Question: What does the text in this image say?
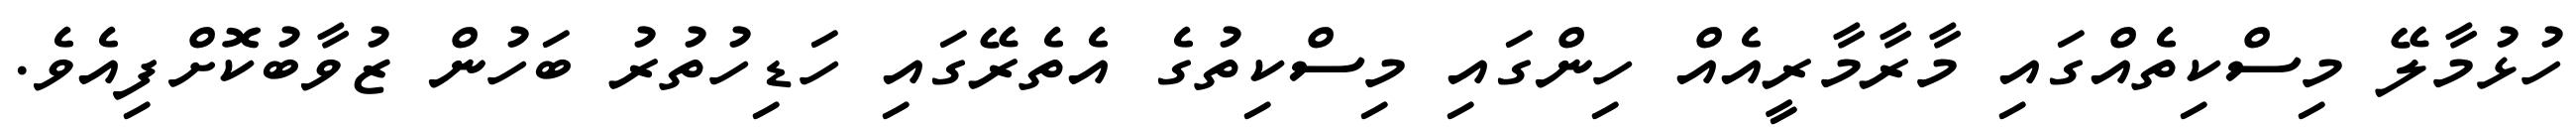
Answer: ހުޅުމާލޭ މިސްކިތެއްގައި މާރާމާރީއެއް ހިންގައި މިސްކިތުގެ އެތެރޭގައި ހަޑިހުތުރު ބަހުން ޒުވާބުކޮށްފިއެވެ.